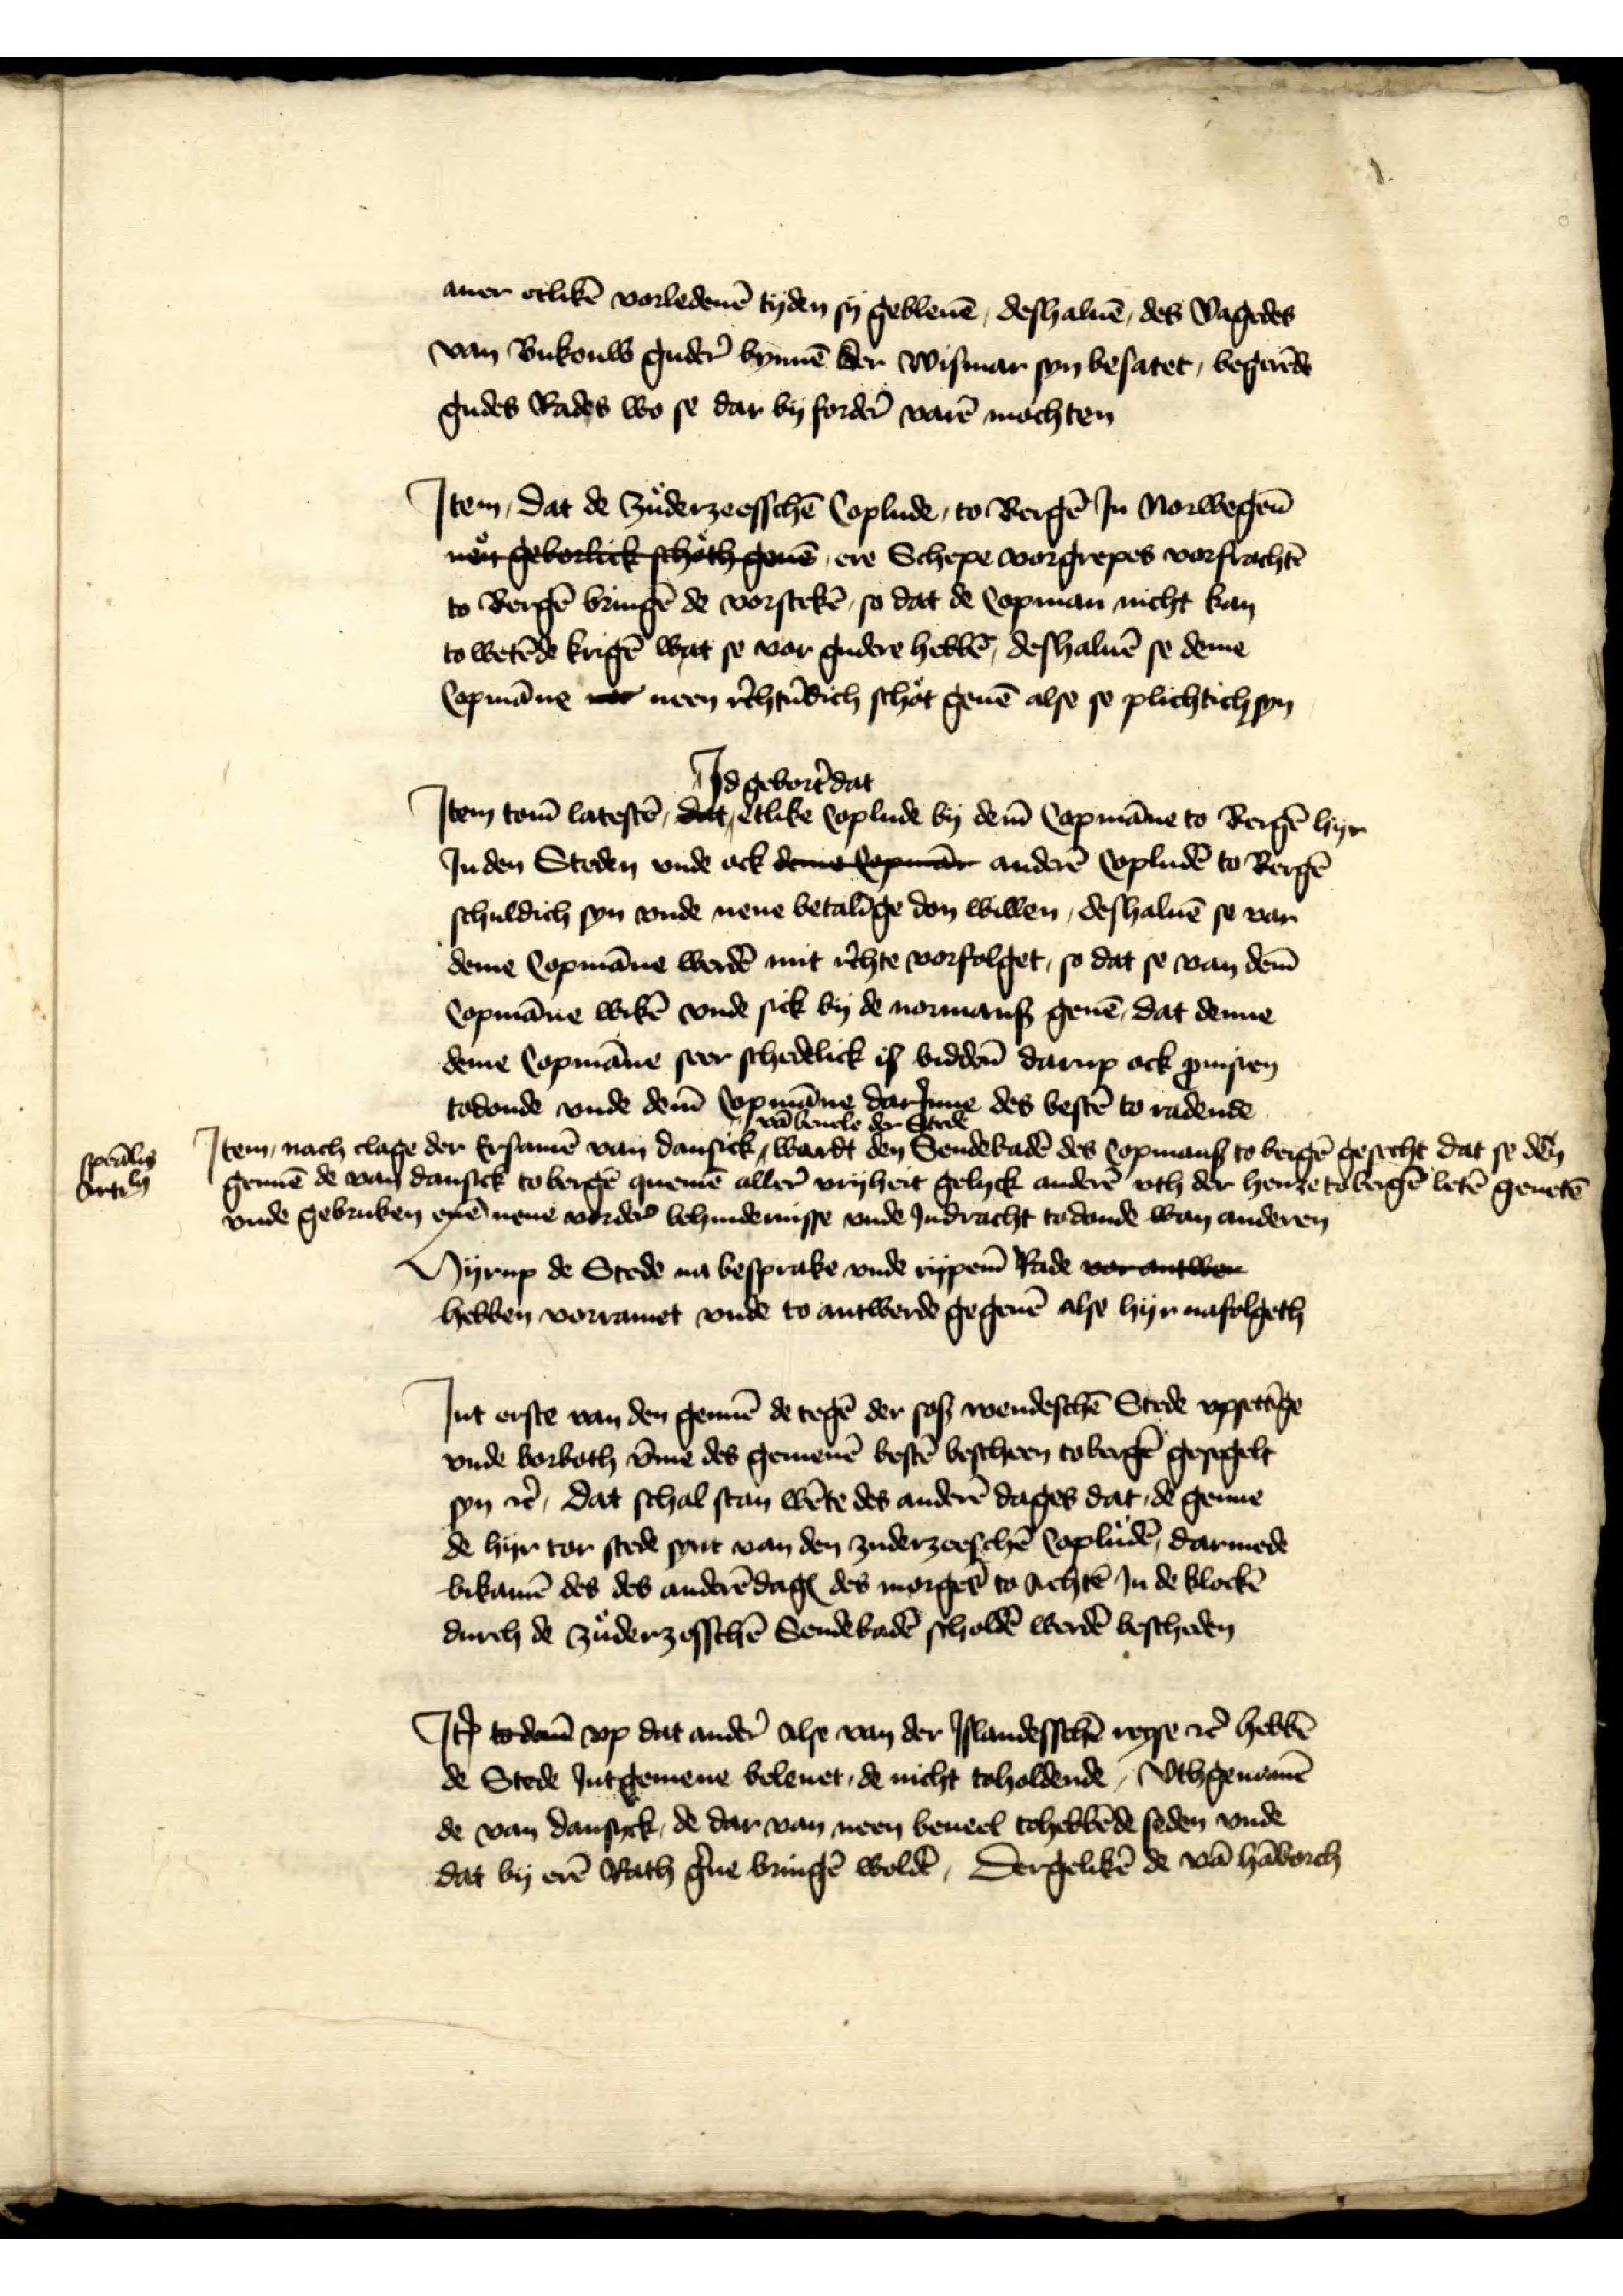
auer etlikē vorledenē tyden sy gebleuē, deshaluē, des Vagedes
van Bukouw guder̉ bynnē der Wismar syn besatet, begerēde
gudes Rades wo se dar by forder̉ varē mochten
Jtem, dat de Zuderzeesschē Coplude, to Bergē Jn Norwegen
me geborleck schothgeueen, ere Schepe vorgrepes vorfrachtē
to Bergē bringē de vorstekē, so dat de Copman nicht kan
to wetēde krigē wat se vor gudere hebbē, deshaluē se deme
Copmanne toc neen r̉chtūdich schot geuē alse se plichtich syn

Jtem tom̄ latestē, Jd gebor̉t dat etlike Coplude by dem̄ Copmāne to Bergē hyr
Jn den Steden vnde ock deme kopman anderē Copludē to Bergē
schuldich syn vnde nene betalīge don willen, deshaluē se van
deme Copmāne werdē mit r̉chte vorfolget, so dat se van dem̄
Copmāne wikē vnde sick by de normans geuē, dat denne
deme Copmāne seer schedelick is bidden darup ock ꝑuisien
todonde vnde dem̄ Copmāne darJnne des bestē to radende
Jtem nach clage der Ersamē van dansick vā beuele der Stede wardt den Sendebadē des Copmans to Bergē gesecht dat se dē
gennē de van Dansick to Bergē quemē aller vryheit gelyck anderē vth der henze to Bergē leten geuetē
vnde gebruken eynē nene vorder behindernisse vnde Jndracht to donde wan anderen

speālis
Ortily

Hyrup de Stede na besprake vnde rypem̄ Rade vor antwer
hebben vorramet vnde to antwerde gegeuē alse hyr nafolgeth

Jnt erste van den gennē de tegē der sos wendeschē Stede vppetīge
vnde vorboth v̄me des gemenē bestē bescheen to Bergē gesegelt
syn et̉, dat schal stan wēte des anderē dages dat den genne
de hyr tor stede synt van den zuderzeeschē Copludē, darmede
bikamē des des anderēdagꝬ des morgēs to Achtē Jn de klockē
durch de zuderzesschē Sendebadē scholdē werdē bescheden

Jꝷ to dem vp dat ander̉ alse van der Jslandesschē reyse et̉Ꝭ hebbē
de Stede int gemene belenet, de nicht toholdende, vthgenamē
de van Dansyck, de dar van neen beueel tohebbēde seden vnde
dat by erē Rath g̉ne bringē woldē, Dergelikē de vā Hāborch